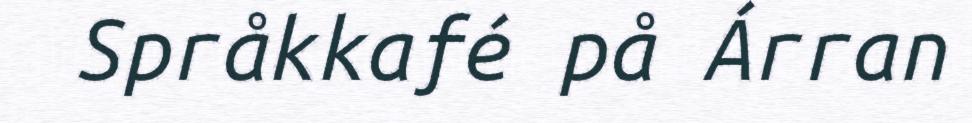
Språkkafé på Árran